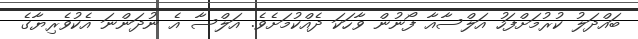
ބައްދަލު ކުރުމަށްފަހު އަލްސާއާ ފޯނުން ވާހަކަ ދެއްކުމަށެވެ. އަލްސާ އެ ނުދަންނަ އެކުވެރިޔާގެ